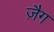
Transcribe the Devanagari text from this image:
ज़ैग